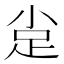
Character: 𲃕